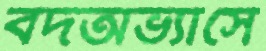
বদঅভ্যাসে